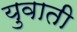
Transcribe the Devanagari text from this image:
युवाती